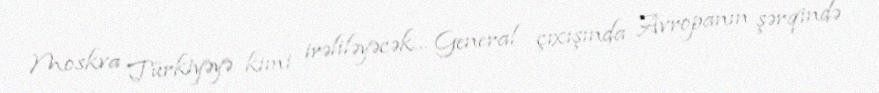
Moskva Türkiyəyə kimi irəliləyəcək... General çıxışında Avropanın şərqində